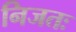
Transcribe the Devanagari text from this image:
निजतः